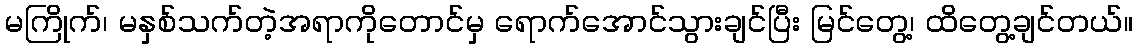
မကြိုက်၊ မနှစ်သက်တဲ့အရာကိုတောင်မှ ရောက်အောင်သွားချင်ပြီး မြင်တွေ့၊ ထိတွေ့ချင်တယ်။